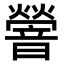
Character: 䪯